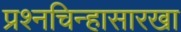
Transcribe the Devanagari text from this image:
प्रश्नचिन्हासारखा